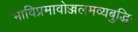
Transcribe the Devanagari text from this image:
भाविप्रमावोज्जलमव्यबुद्धिः